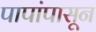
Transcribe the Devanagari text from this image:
पापांपासून